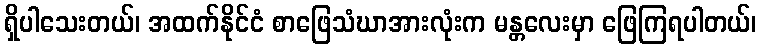
ရှိပါသေးတယ်၊ အထက်နိုင်ငံ စာဖြေသံဃာအားလုံးက မန္တလေးမှာ ဖြေကြရပါတယ်၊